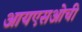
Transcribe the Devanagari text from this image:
आयएसओची